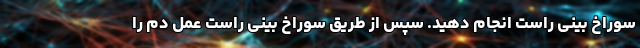
سوراخ بینی راست انجام دهید. سپس از طریق سوراخ بینی راست عمل دم را